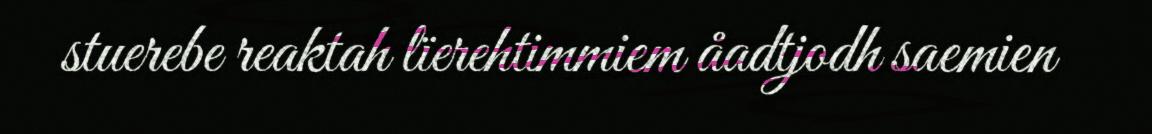
stuerebe reaktah lïerehtimmiem åadtjodh saemien